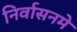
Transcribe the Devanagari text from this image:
निर्वासनमे